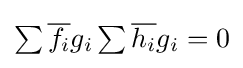
{\textstyle \sum {\overline {f_{i}}}g_{i}\sum {\overline {h_{i}}}g_{i}=0}